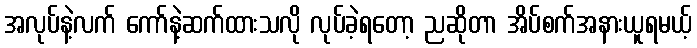
အလုပ်နဲ့လက် ကော်နဲ့ဆက်ထားသလို လုပ်ခဲ့ရတော့ ညဆိုတာ အိပ်စက်အနားယူရမယ့်